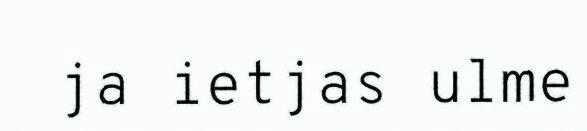
ja ietjas ulme